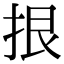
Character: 拫